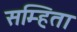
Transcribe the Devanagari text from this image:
सम्हिता